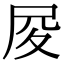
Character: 𡰿